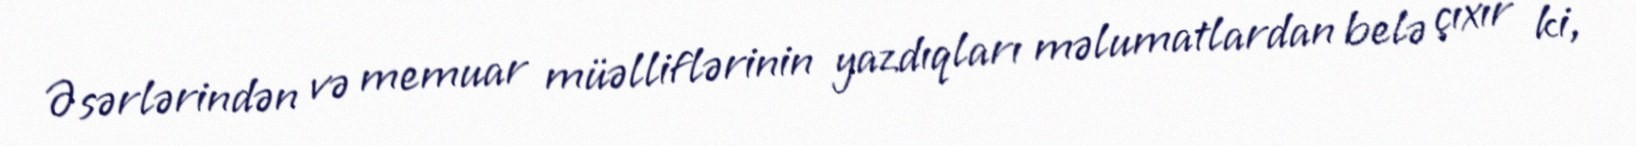
Əsərlərindən və memuar müəlliflərinin yazdıqları məlumatlardan belə çıxır ki,